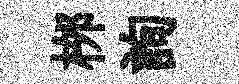
桞詢